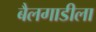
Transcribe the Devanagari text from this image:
बैलगाडीला